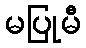
မပြုမီ